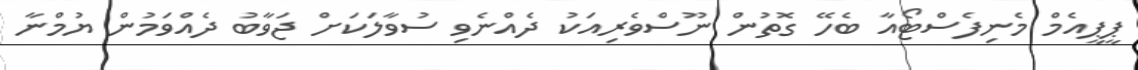
ޕީޕީއެމް މެނިފެސްޓޯއާ ބެހޭ ގޮތުން ނޫސްވެރިއަކު ދެއްނެވި ސުވާލަކަށް ޖަވާބު ދެއްވަމުން ޔުމްނާ